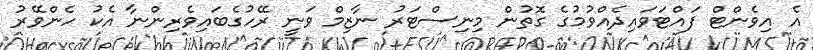
އެ އިވެންޓް ފައްޓަވައިދެއްވުމުގެ ގޮތުން މިނިސްޓަރު ނާޒިމް ވަނީ ރޭހުގެބައިވެރިންނާ އެކު ހެންވޭރު